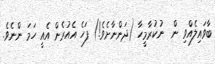
ބާވައިލެއްވި ން  ނުކުރާމީހާ (ދަންނާށެވެ!) ފަހެ އެއުރެން އެއީ ހަމަ ންނެވެ.